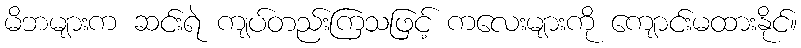
မိဘများက ဆင်းရဲ ကျပ်တည်းကြသဖြင့် ကလေးများကို ကျောင်းမထားနိုင်။